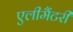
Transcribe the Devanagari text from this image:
एलीमैंटरी